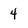
Character: 4